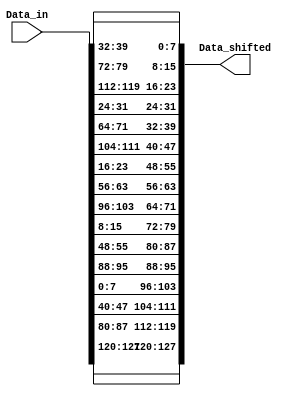
module ShiftRows (
   input [0:127] Data_in,
   output [0:127] Data_shifted
);
   assign Data_shifted[0+:8] = Data_in[0+:8];    assign Data_shifted[32+:8] = Data_in[32+:8];  assign Data_shifted[64+:8] = Data_in[64+:8];  assign Data_shifted[96+:8] = Data_in[96+:8];
   
   assign Data_shifted[8+:8] = Data_in[40+:8];   assign Data_shifted[40+:8] = Data_in[72+:8];  assign Data_shifted[72+:8] = Data_in[104+:8]; assign Data_shifted[104+:8] = Data_in[8+:8];

   assign Data_shifted[16+:8] = Data_in[80+:8];  assign Data_shifted[48+:8] = Data_in[112+:8]; assign Data_shifted[80+:8] = Data_in[16+:8];  assign Data_shifted[112+:8] = Data_in[48+:8];
   
   assign Data_shifted[24+:8] = Data_in[120+:8]; assign Data_shifted[56+:8] = Data_in[24+:8];  assign Data_shifted[88+:8] = Data_in[56+:8];  assign Data_shifted[120+:8] = Data_in[88+:8];
	
endmodule